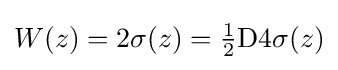
W(z)=2\sigma (z)={\tfrac {1}{2}}{\text{D4}}\sigma (z)